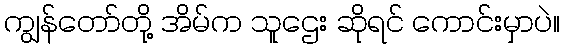
ကျွန်တော်တို့ အိမ်က သူဌေး ဆိုရင် ကောင်းမှာပဲ။